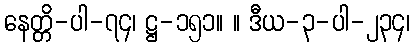
နေတ္တိ-ပါ-၇၄၊ ဋ္ဌ-၁၅၁။ ။ ဒီယ-၃-ပါ-၂၃၄၊